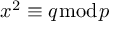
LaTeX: x ^ { 2 } \equiv q { \bmod { p } }